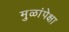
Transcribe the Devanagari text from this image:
मुळांपेक्षा